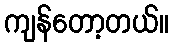
ကျန်တော့တယ်။